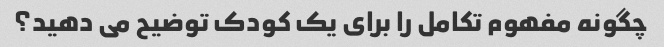
چگونه مفهوم تکامل را برای یک کودک توضیح می دهید؟